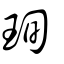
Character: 珣